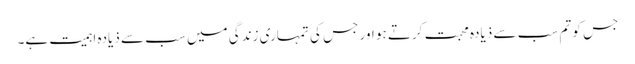
جس کو تم سب سے ذیادہ محبت کرتے ہو اور جس کی تمہاری زندگی میں سب سے ذیادہ اہمیت ہے۔